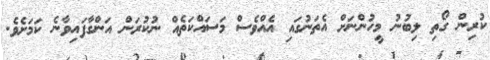
ކުރިން ގޯތި ލިބުނު މީހުންނަށް އެތަނުގައި އެއްވެސް މަސައްކަތެއް ނުކުރަން އަންގާފައިވާނެ ކަމަށެވެ.